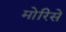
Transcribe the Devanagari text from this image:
मोरिसे